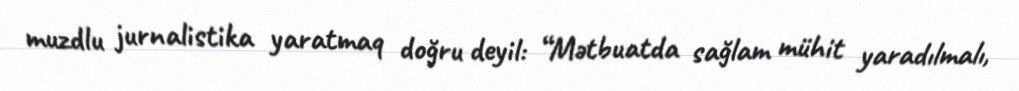
muzdlu jurnalistika yaratmaq doğru deyil: “Mətbuatda sağlam mühit yaradılmalı,